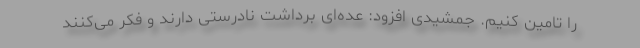
را تامین کنیم. جمشیدی افزود: عده‌ای برداشت نادرستی دارند و فکر می‌کنند